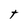
Character: t